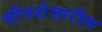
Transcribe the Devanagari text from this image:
चीनशेजारील